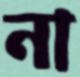
না